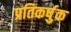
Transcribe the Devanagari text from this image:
प्रतिकर्षुक